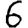
Digit: 6